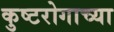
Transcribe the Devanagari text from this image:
कुष्टरोगाच्या